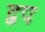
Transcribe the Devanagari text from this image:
द्वप